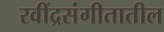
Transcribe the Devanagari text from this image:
रवींद्रसंगीतातील